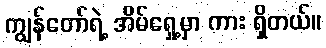
ကျွန်တော်ရဲ့ အိမ်ရှေ့မှာ ကား ရှိတယ်။